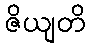
ဇိယျတိ